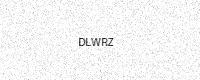
Text: DLWRZ